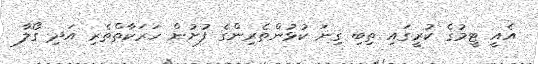
އެއީ ޓީމުގެ ކުރީގައި ތިބި ގިނަ ކުޅުންތެރިންގެ ފުށުން ހަރަކާތްތެރި އަދި ގޯލާ